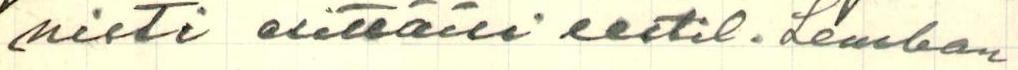
nisti esittäisi eestil. Lemban